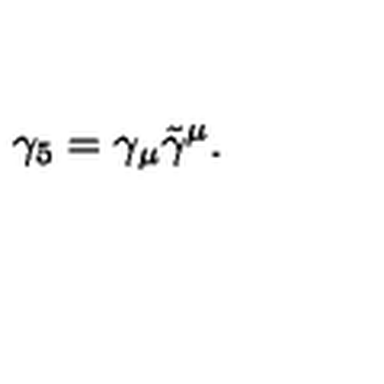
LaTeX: \gamma _ { 5 } = \gamma _ { \mu } \tilde { \gamma } ^ { \mu } .